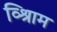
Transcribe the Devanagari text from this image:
व्श्रिाम